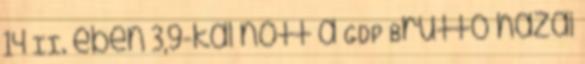
14 II. ében 3,9-kal nőtt a GDP Bruttó hazai